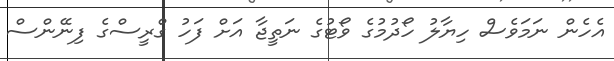
އެހެން ނަމަވެސް ހިޔާލު ހޯދުމުގެ ވޯޓުގެ ނަތީޖާ އަށް ފަހު ގްރީސްގެ ފިނޭންސް